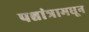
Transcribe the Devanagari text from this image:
पश्चांत्रामधून